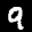
Label: 9